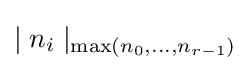
\mid {n_{i}}\mid _{\max(n_{0},\dots ,n_{r-1})}